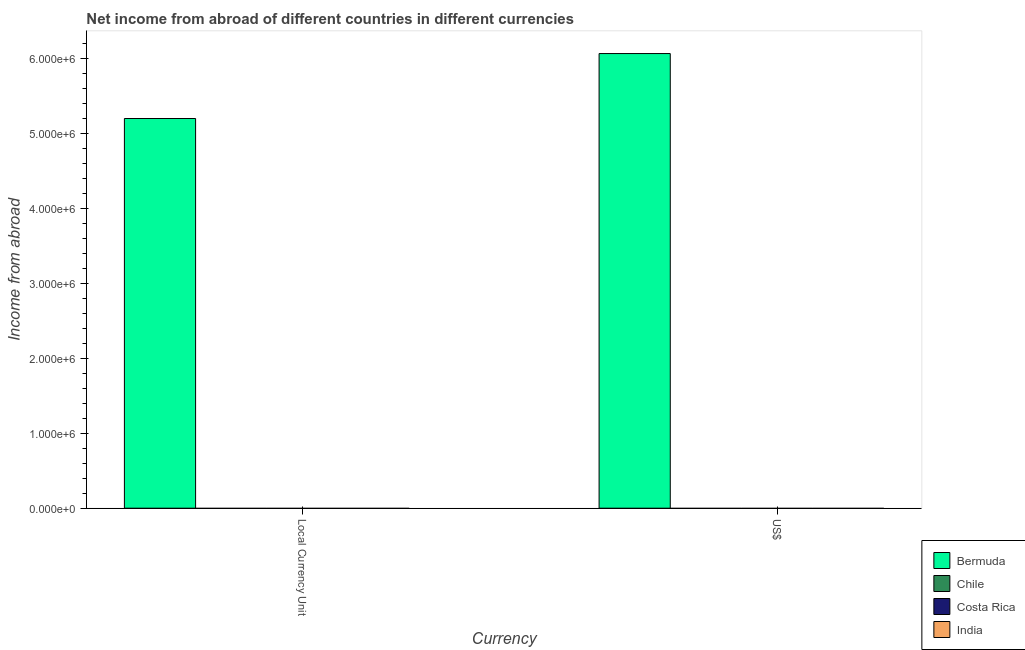
| Currency | Bermuda | Chile | Costa Rica | India |
 | --- | --- | --- | --- | --- |
 | Local Currency Unit | 5.2e+06 | -2.73e+05 | -6.35e+07 | -1.08e+09 |
 | US$ | 6.07e+06 | -2.55e+08 | -9.55e+06 | -2.27e+08 |